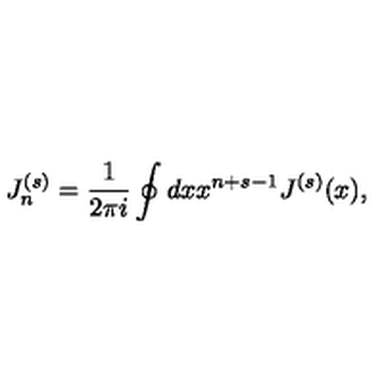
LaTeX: J _ { n } ^ { ( s ) } = \frac { 1 } { 2 \pi i } \oint d x x ^ { n + s - 1 } J ^ { ( s ) } ( x ) ,